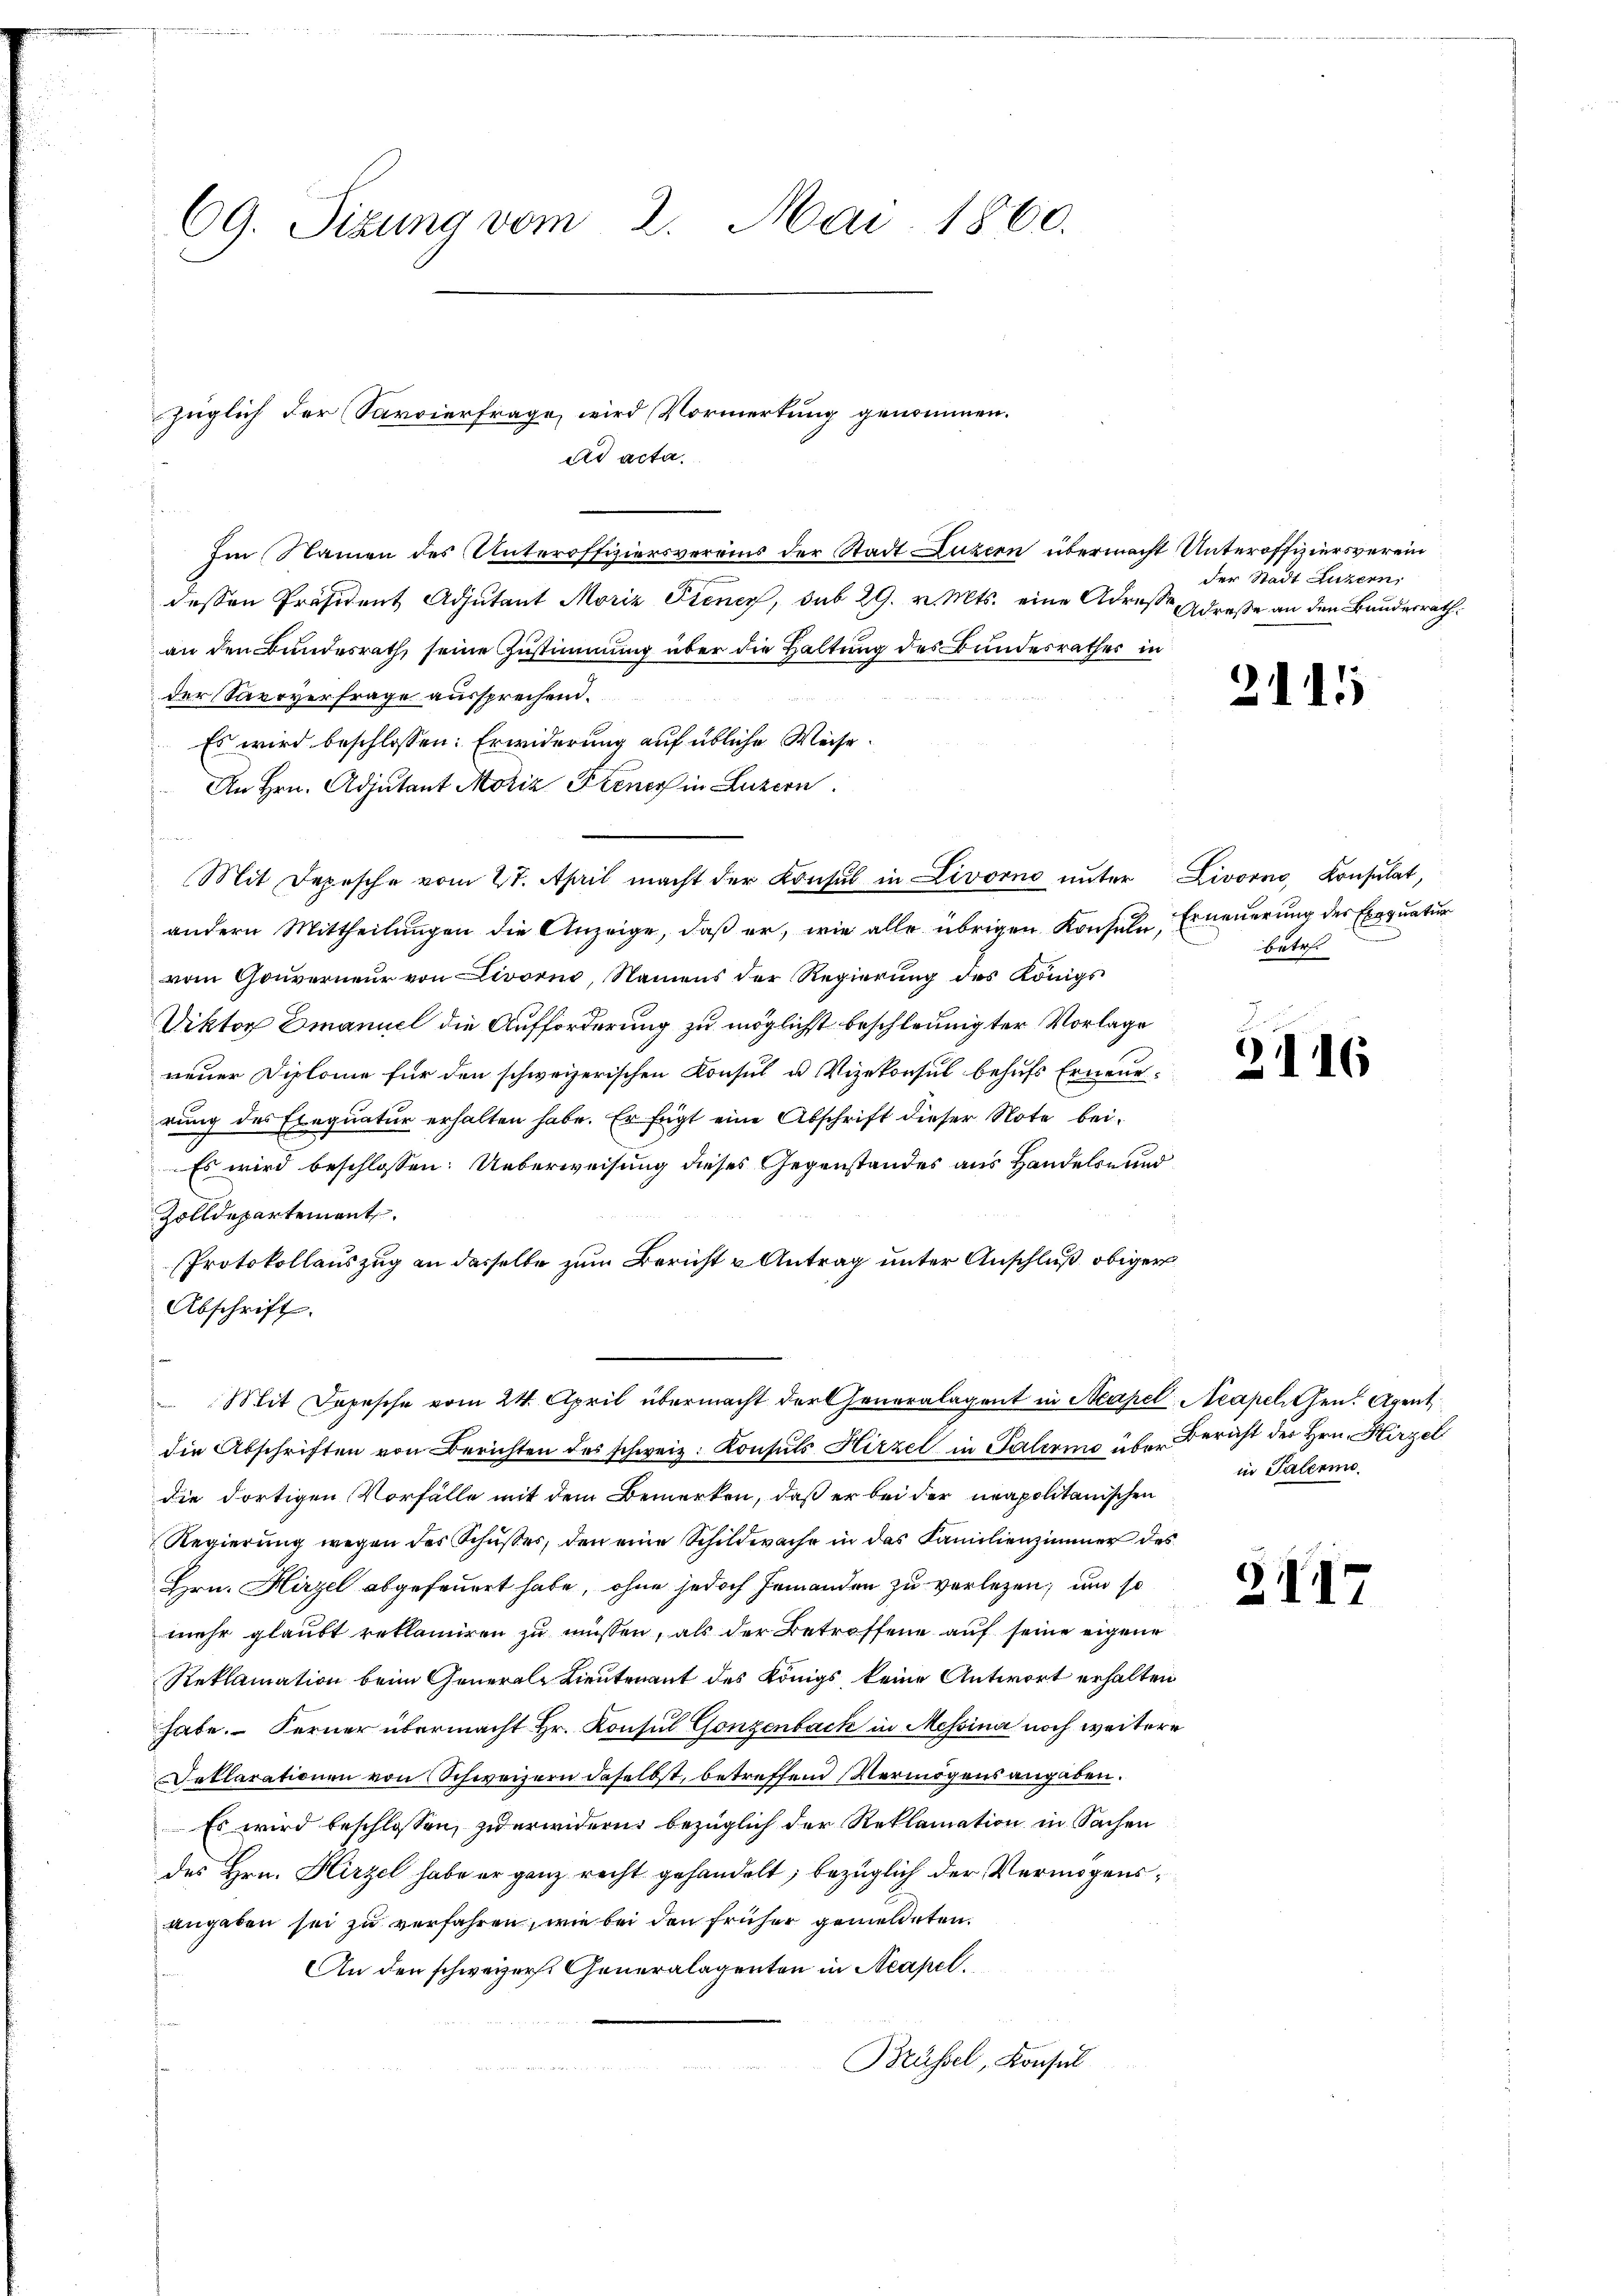
69. Sizung vom 2. Mai 1860.

züglich der Sarvierfrage wird Vormerkung genommen.
ad acta.

Im Namen des Unteroffiziersvereins der Stadt Luzern übermacht Unteroffiziersverein
dessen Präsident Adjutant Moriz Diener, sub 29. v. Mts. eine Adresse Straße an den Bundesrath
an den Bundesrath seine Zustimmung über die Haltung des Bundesrathes in
der Sarrverfrage aussprechend.
Es wird beschlossen: Erwiderung auf übliche Weise.
An Hrn. Adjutant Moriz Diener in Luzern
Mit Depesche vom 27. April macht der Konsul in Livorne ŭnter Livorno Consulat,
andern Mittheilŭngen die Anzeige, daβ er, wie alle übrigen Konsuln, Erneuerung des Exequatur
vom Gouverneur von Livorne, Namens der Regierŭng des Königs
Diktor Emanuel die Aufforderung zu möglichst beschleunigter Vorlage
neuer Diplome für den schweizerischen Konsul u. Vizekonsul behufs Erneuerung des Exequatur erhalten habe. Er fügt eine Abschrift dieser Note bei¬
Es wird beschlossen: Ueberweisung dieses Gegenstandes aus Handels- und
Zolldepartement.
Protokollauszug an dasselbe zum Bericht u Antrag unter Anschluß obiger
Abschrift.
Mit Depesche vom 24. April übermacht der Generalagent in Kapel Neapellen Agent
die Abschriften von Berichten des schweiz. Konsuls Hirzel in Palermo über Bericht der Hrn. Hirzel
die dortigen Vorfälle mit dem Bemerken, daß er bei der neapolitanischen
Regierung wegen des Schŭsses, den eine Schildwache in das Familienzimmer des
Hrn. Hirzel abgefeuert habe, ohne jedoch jemanden zu verlegen, und so
mehr glaubt reklamiren zu müssen, als der Betroffene auf seine eigene
Reklamation beim Generale Lieutenant des Königs keine Antwort erhalten
habe. Ferner übermacht Hr. Konsul Gonzenbach in Messina noch weitere
Deklarationen von Schweizern daselbst, betreffend Vermögensangaben.
Es wird beschlossen, zu erwidern bezüglich der Reklamation in Sachen
des Hrn. Hirzel habe er ganz recht gehandelt, bezüglich der Vermögensangaben sei zu verfahren, wie bei den früher gemeldeten.
An den schweizers. Generalagenten in Neapel.
Brüssel, Konsul

der Stadt Luzern,

2115

betr.

3416

in Palermo

2417